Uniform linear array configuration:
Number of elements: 12
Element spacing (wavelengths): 1
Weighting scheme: hann
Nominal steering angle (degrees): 30
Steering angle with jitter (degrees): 29.83
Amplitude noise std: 0.05
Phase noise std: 0.05

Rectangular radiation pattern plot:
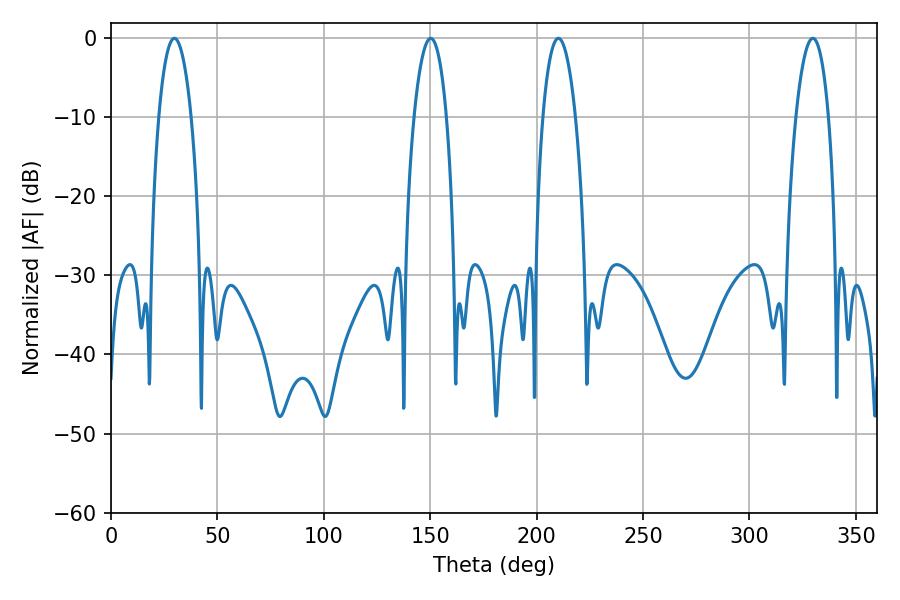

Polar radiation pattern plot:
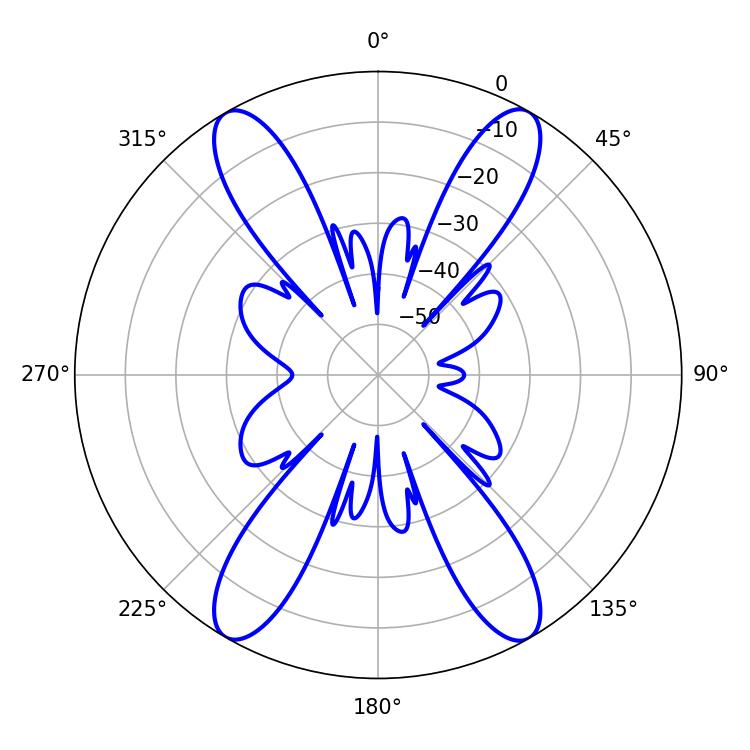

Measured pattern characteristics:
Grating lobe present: TRUE
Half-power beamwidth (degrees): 8.46
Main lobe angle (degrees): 210.24